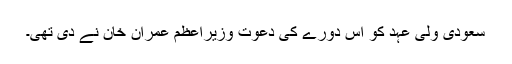
سعودی ولی عہد کو اس دورے کی دعوت وزیراعظم عمران خان نے دی تھی۔